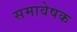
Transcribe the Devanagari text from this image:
समावेषक